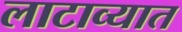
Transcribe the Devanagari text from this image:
लाटाव्यात